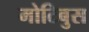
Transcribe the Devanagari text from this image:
मोटिबुस